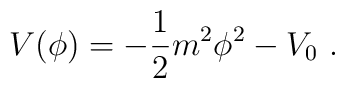
V(\phi)=-{1 \over 2}m^2\phi^2 -V_0 \ .